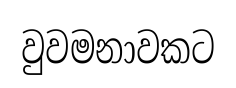
වුවමනාවකට